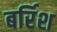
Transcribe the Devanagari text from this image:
बर्रिश